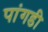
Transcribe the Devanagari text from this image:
पांगडी